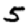
Digit: 5